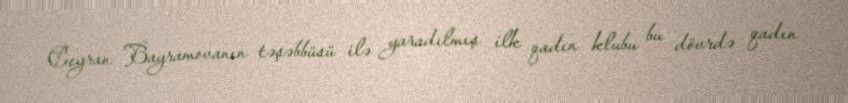
Ceyran Bayramovanın təşəbbüsü ilə yaradılmış ilk qadın klubu bu dövrdə qadın